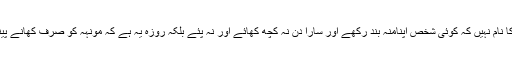
اسی طرح گناہوں سے انسان اس طرح بھی بچ جاتاہے کہ رسول کریمﷺ نے فرمایاہے روزہ اس چیز کا نام نہیں کہ کوئی شخص اپنامنہ بند رکھے اور سارا دن نہ کچھ کھائے اور نہ پئے بلکہ روزہ یہ ہے کہ مونہہ کو صرف کھانے پینے سے ہی نہ روکا جائے بلکہ اسے ہر روحانی نقصان دہ اور ضرر رساں چیز سے بھی بچایا جائے۔